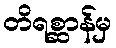
တိရစ္ဆာန်မှ